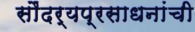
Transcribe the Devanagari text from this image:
सौंदर्यप्रसाधनांची